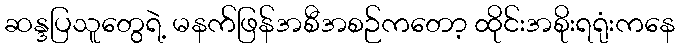
ဆန္ဒပြသူတွေရဲ့ မနက်ဖြန်အစီအစဉ်ကတော့ ထိုင်းအစိုးရရုံးကနေ